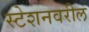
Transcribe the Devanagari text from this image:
स्टेशनवरील